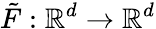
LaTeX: \tilde{F}:\mathbb{R}^{d}\rightarrow\mathbb{R}^{d}